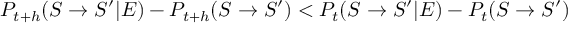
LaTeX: P _ { t + h } ( S \rightarrow S ^ { \prime } | E ) - P _ { t + h } ( S \rightarrow S ^ { \prime } ) < P _ { t } ( S \rightarrow S ^ { \prime } | E ) - P _ { t } ( S \rightarrow S ^ { \prime } )